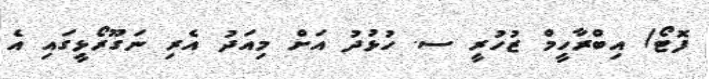
ފޮޓޯ/ އިބްރާހީމް ޒުހުރީ ސ. ހުޅުދު އަށް މިއަދު އެރި ނަގޫރޯޅީގައި އެ